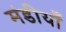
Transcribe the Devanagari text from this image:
मंडीयाँ